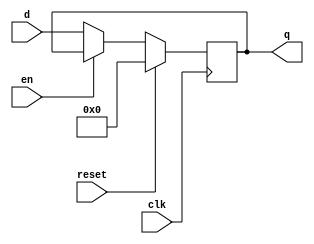
//D flip-flop
module d_ff #(parameter WIDTH=32)(
	input clk,
	input reset,
	input en,    //active low enable
	input [WIDTH-1:0] d,
	output reg [WIDTH-1:0] q
);

	always@(posedge clk) begin
		if(reset) q<=0;
		else if(en) q<=q;
		else q<=d;
	end
	
endmodule